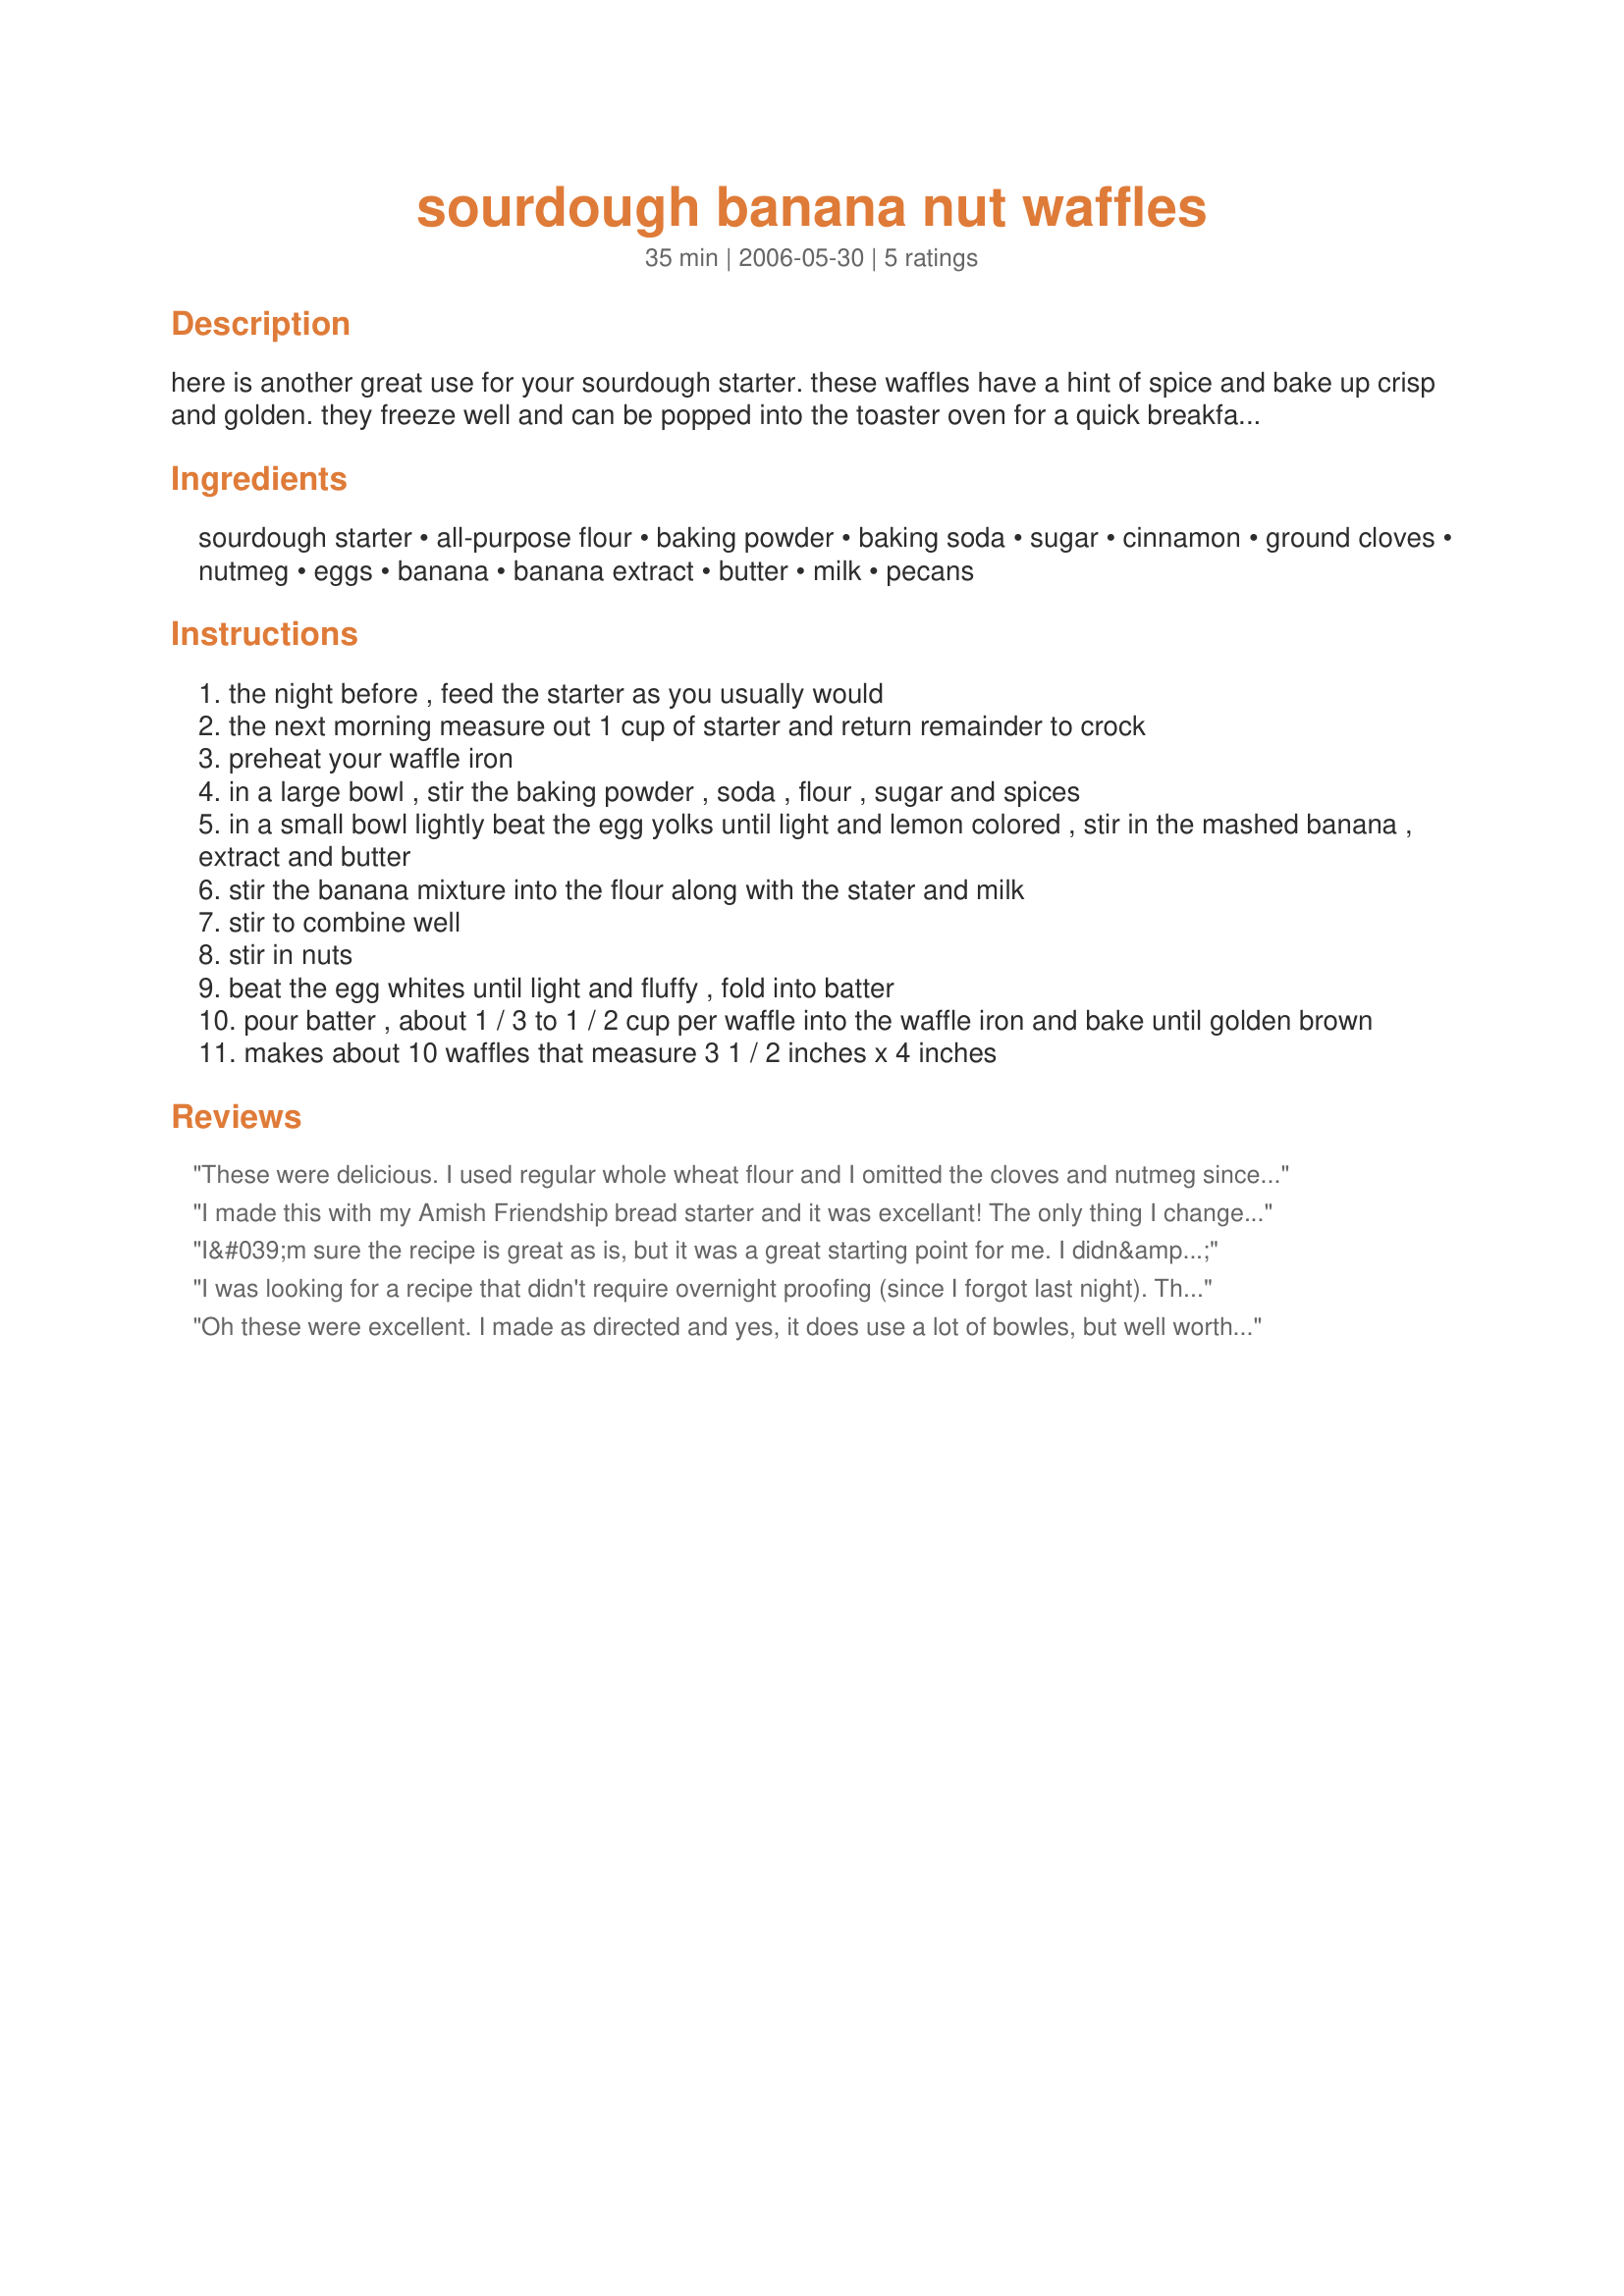
sourdough banana nut waffles
Preparation time: 35 minutes

here is another great use for your sourdough starter. these waffles have a hint of spice and bake up crisp and golden. they freeze well and can be popped into the toaster oven for a quick breakfast treat.

Ingredients:
sourdough starter, all-purpose flour, baking powder, baking soda, sugar, cinnamon, ground cloves, nutmeg, eggs, banana, banana extract, butter, milk, pecans

Steps:
the night before , feed the starter as you usually would
the next morning measure out 1 cup of starter and return remainder to crock
preheat your waffle iron
in a large bowl , stir the baking powder , soda , flour , sugar and spices
in a small bowl lightly beat the egg yolks until light and lemon colored , stir in the mashed banana , extract and butter
stir the banana mixture into the flour along with the stater and milk
stir to combine well
stir in nuts
beat the egg whites until light and fluffy , fold into batter
pour batter , about 1 / 3 to 1 / 2 cup per waffle into the waffle iron and bake until golden brown
makes about 10 waffles that measure 3 1 / 2 inches x 4 inches

Reviews:
These were delicious. I used regular whole wheat flour and I omitted the cloves and nutmeg since I am not a fan of either; I also changed the banana extract to vanilla extract since that is what I had. I changed the melted butter to 3 tbsp of applesauce for a healthier recipe. My children loved these and so did I. Next time I make them, and there will be a next time, I am going to put 2 mashed bananas in for an even bigger banana flavor. Thanks for the recipe!
I made this with my Amish Friendship bread starter and it was excellant! The only thing I changed was I did not have any banana extract so I subbed maple flavor. I whipped the egg whites first, then moved them to a bowl, then in the same bowl and beaters that I did the whites in I did the yolks and added the wet then dry ingredients, then folded the whites back in. That sure saved the many other dirty dishes! This made me 12 6inch round waffle and yes they do freeze great. This morning I just put them on a cookie sheet in a 300 degree oven for 10-15 minutes while I was frying some bacon and they were just as good reheated as they were yesterday fresh! Thanks Paula..this one is great!
I&#039;m sure the recipe is great as is, but it was a great starting point for me. I didn&#039;t have banana extract, so I used vanilla, 3 bananas, and reduced the milk. For spices, I used 1 tsp cinnamon, 1/2 tsp ginger, and 1/4 tsp nutmeg. I also used dark brown sugar instead of regular white sugar.
I was looking for a recipe that didn't require overnight proofing (since I forgot last night). This worked out great!! Yummy too - and my kids say I get Mom of the Year because of it. (I'm not saying Mom of the Year is exclusive, but it's still nice. grin)
Oh these were excellent. I made as directed and yes, it does use a lot of bowles, but well worth it. My waffle iron holds 1 cup of mix and I had 6 beautiful waffles with great flavor and texture. Don't know how they freeze, but will let you know. Thanks Paula for another great sourdough recipe.
